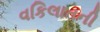
વકિલાતની